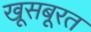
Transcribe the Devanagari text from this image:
खूसबूरत